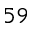
^ { 5 9 }